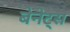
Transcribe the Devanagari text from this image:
बेनेट्स